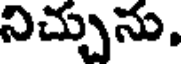
నిచ్చును,